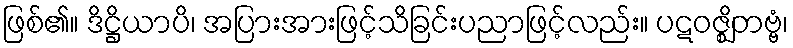
ဖြစ်၏။ ဒိဋ္ဌိယာပိ၊ အပြားအားဖြင့်သိခြင်းပညာဖြင့်လည်း။ ပဋဝဇ္ဈိတဗ္ဗံ၊